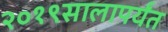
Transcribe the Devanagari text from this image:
२०१९सालापर्यंत